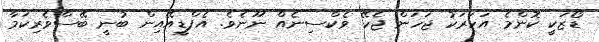
ޑޯޒަކީ ކޮންމެ އަހަރަކު ޖަހަން ޖެހޭ ވެކްސިނެއް ނޫނެވެ. އެފްޑީއޭއިން ބުނީ ބޭސްވެރިކަމާ